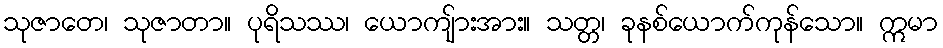
သုဇာတေ၊ သုဇာတာ။ ပုရိသဿ၊ ယောကျ်ားအား။ သတ္တ၊ ခုနစ်ယောက်ကုန်သော။ ဣမာ